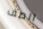
الصف